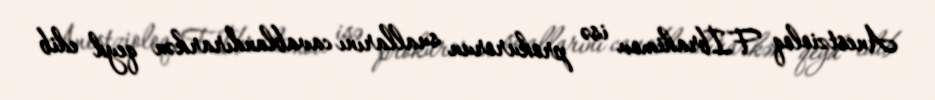
Anestzioloq F.İbrahimov isə prokurorun suallarını cavablandırarkən qeyd edib